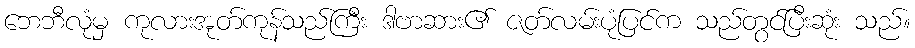
ဘေဘီလုံမှ ကုလားအုတ်ကုန်သည်ကြီး ဒါဗာဆား၏ ဇတ်လမ်းပုံပြင်က သည်တွင်ပြီးဆုံး သည်။